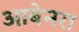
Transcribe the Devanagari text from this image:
आबेनरा